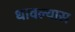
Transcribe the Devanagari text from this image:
धावल्यास